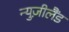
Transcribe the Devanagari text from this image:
न्युज़ीलैंड